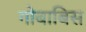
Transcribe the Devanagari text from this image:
गोबाबिस